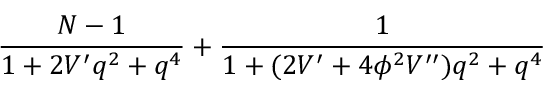
\frac { N - 1 } { 1 + 2 V ^ { \prime } q ^ { 2 } + q ^ { 4 } } + \frac { 1 } { 1 + ( 2 V ^ { \prime } + 4 \phi ^ { 2 } V ^ { \prime \prime } ) q ^ { 2 } + q ^ { 4 } }